Vabadussoja_Ajaloo_Komitee, lk 16
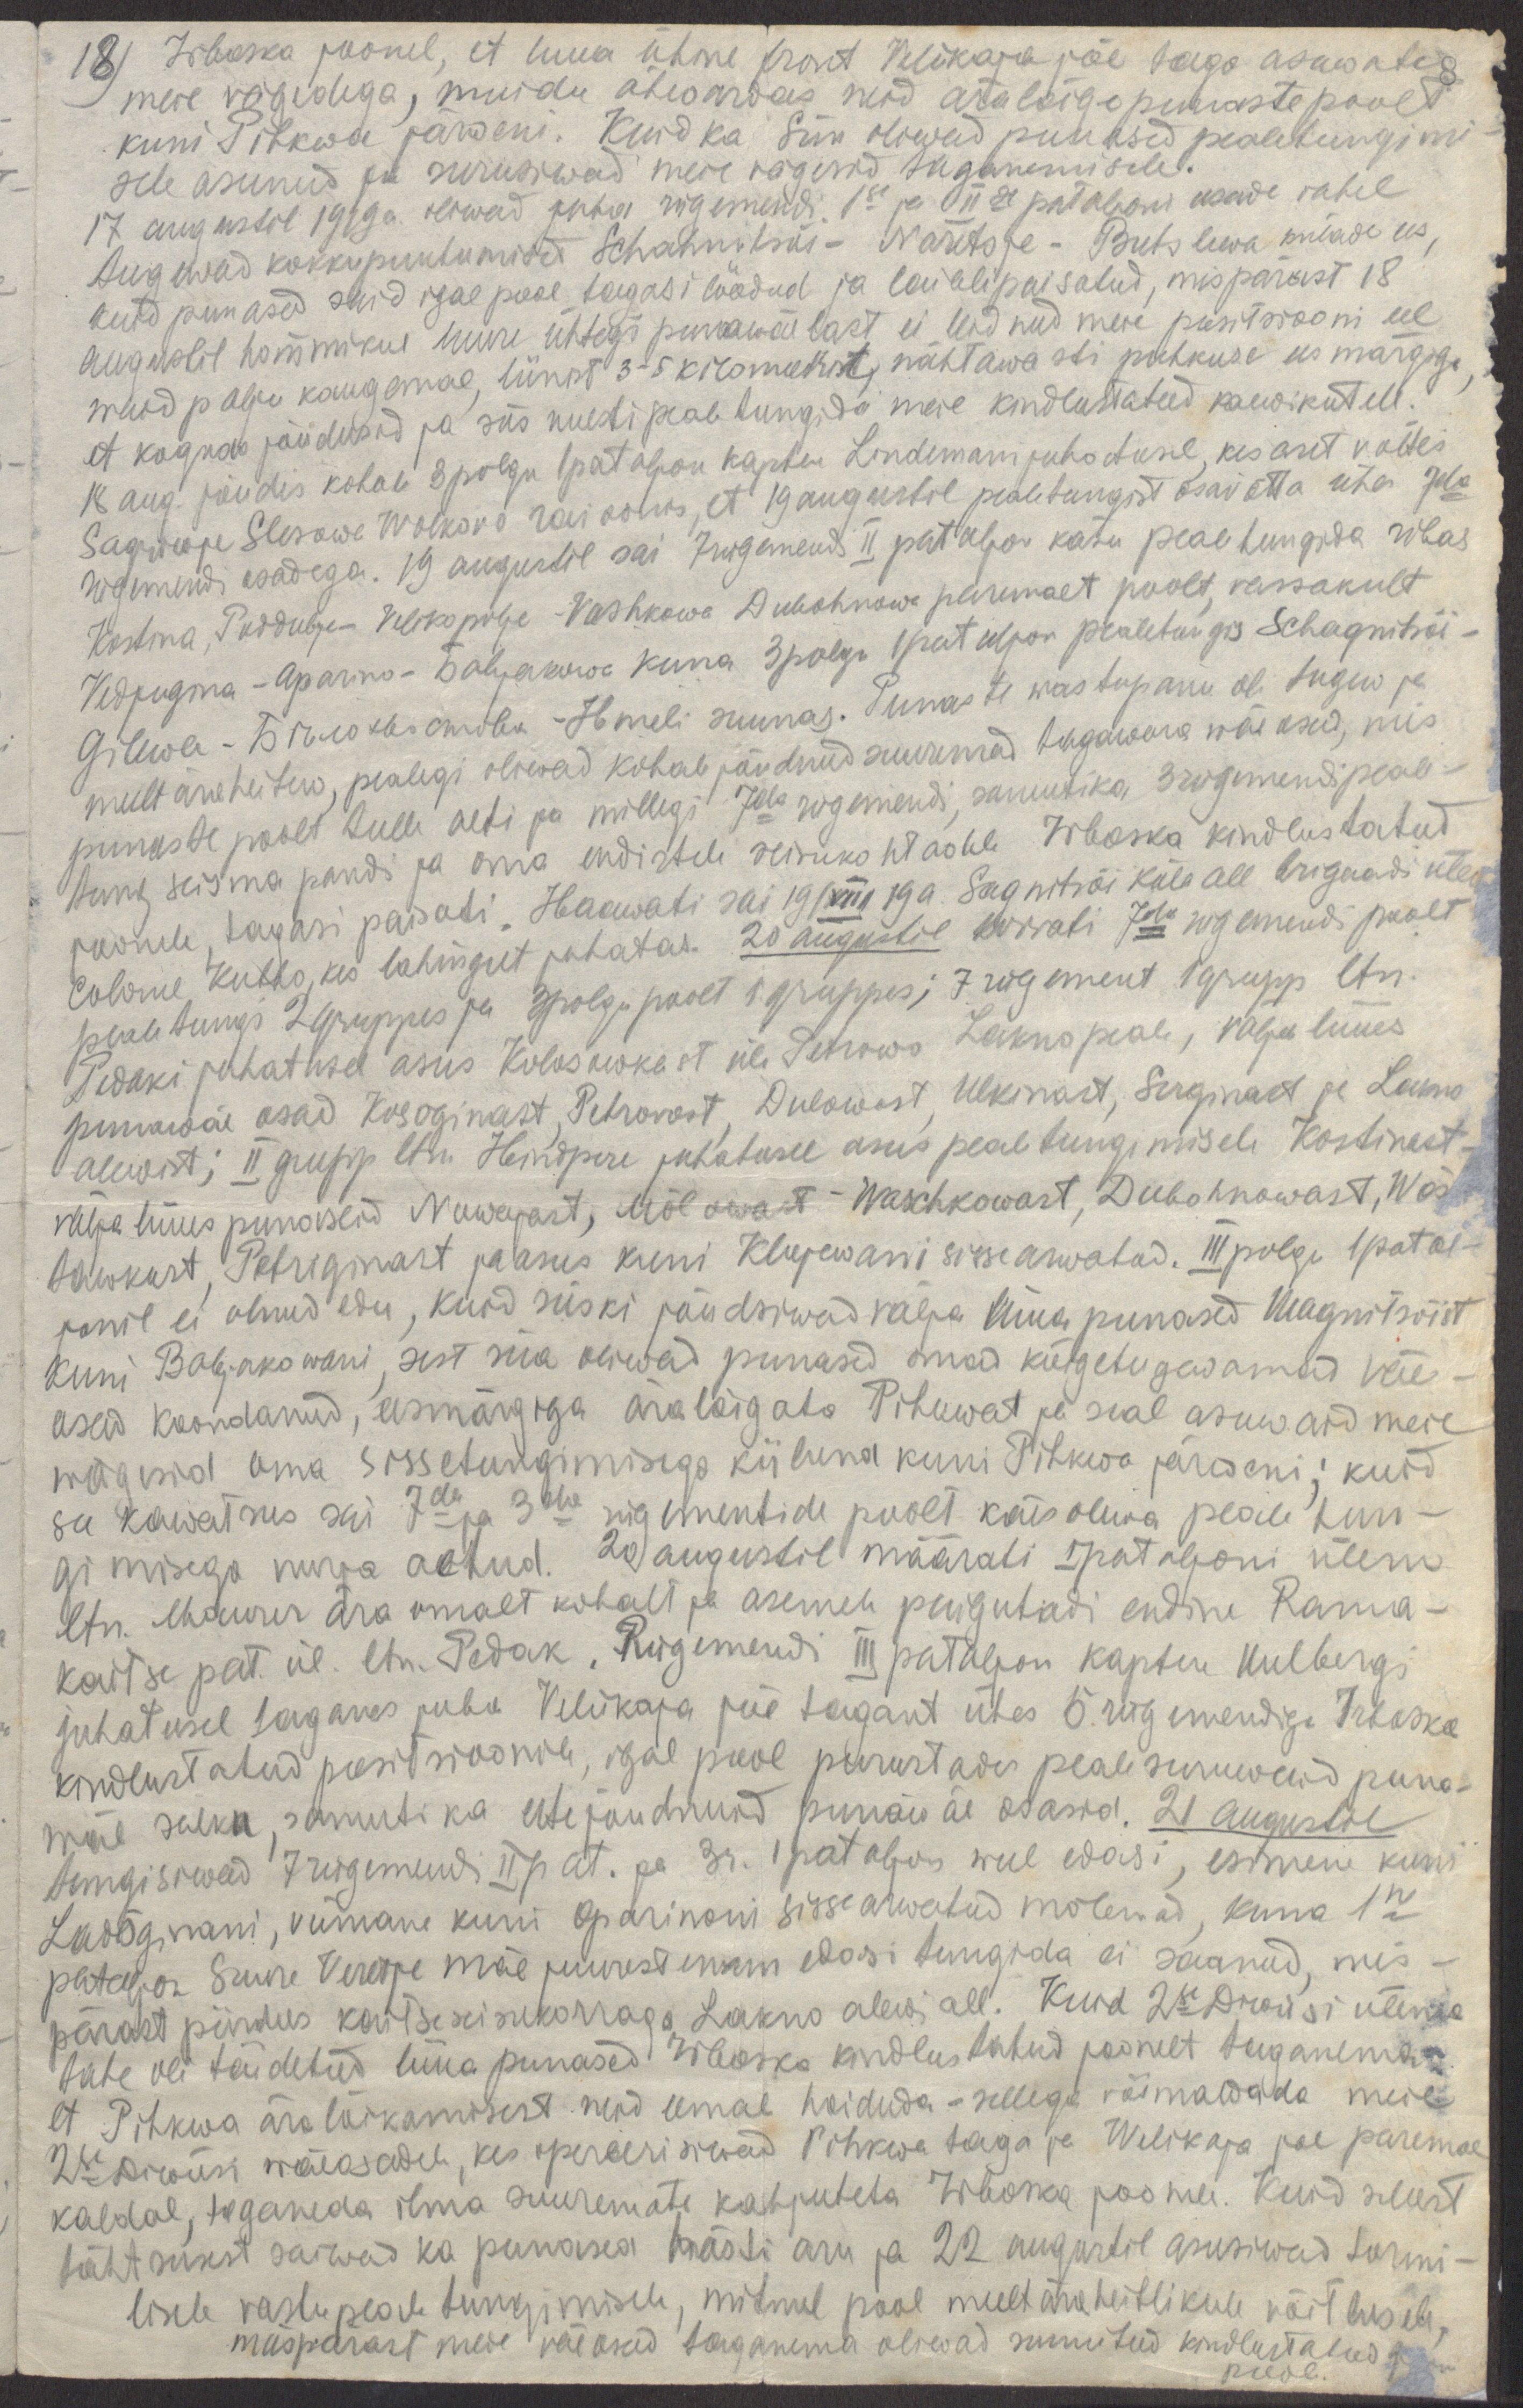
18)
Irboska joonel, et luua ühtne front Velikaja jõe taga asuwate
meie vägedega, muidu ähwardas neid äralõige punaste poolt
kuni Pihkwa järweni. Kuid ka siin oliwad punased pealetungimi-
sele asunud ja surusiwad meie vägesid taganemisele.
17 augustil 1919 a. oliwad juba rügemendi, 1se ja IIse pataljoni osade vahel
tugewad kokkupuutumised Schahnitski - Naretsje - Butslewa külade ees,
kuid punased said igal pool tagasi löödud ja laialipaisatud, mispärast 18
augustil hommikul luure ühteks punawäelast ei leidnud meie positsiooni eel
waid palju kaugemal, liinist 3-5 kilomeetrit, nähtawasti puhkuse eesmärgiga,
et koguda jõudusid ja siis uuesti pealetungida meie kindlustatud kaewikutele.
18 aug. jõudis kohale 3 polgu 1 pataljon kapten Lindemani juhatusel, kes aset võttes
Sagriwje Slesowe Wolkovo raioonis, et 19 augustil pealetungist osavõtta ühes 7da
rügemendi osadega. 19 augustil sai 7 rügemendi II pataljon käsu pealetungida ribas
Kostina, Poddubje - Velikopolje - Vashkowa Dubohnowa paremalt poolt, vassakult
Vedjugma - Aparino - Bobjakowa kuna 3 polgu 1 pataljon pealetungis Schagnitsõi -
Gilewa - Белохвостово - Hmeli suunas. Punaste wastupanu oli tugew ja
meelt äraheitew, pealegi oliwad kohale jõudnud suuremad tagawara wäeosad, mis
punaste poolt tulle aeti ja millegi 7da rügemendi, samuti ka 3 rügemendi peale-
tung seisma pandi ja oma endistele seisukohtadele Irboska  kindlustatud
joonele, tagasi paisati. Haawati sai 19/VIII 19a. Sagnitsõi küla all brigaadi ülem
colonel Kubbo, kes lahingut juhatas. 20 augustil korrati 7da rügemendi poolt
pealetungi 2 gruppes ja 3 polgu poolt 1 gruppes; 7 rügement 1 grupp ltn.
Pedaki juhatusel asus Kolosowkast üle Petrowo Lakno peale, välja lüües
punawäe osad Kosoginast, Petrovost, Dulowost, Ulkinast, Serginast ja Lakno
alewist; II grupp ltn. Hindpere juhatusel asus pealetungimisele Kostinast,
välja lüües punaseid Nowajast, Mõlowast -  Waschkowast, Dubohnowast, Wõs-
tawkost, Petriginast ja asus kuni Klujewani sissearwatud. III polgu 1 patal-
jonil ei olnud edu, kuid siiski jõudsiwad välja lüüa punased Magnitsõist
kuni Boljakowani, sest siia oliwad punased omad kõigetugewamad väe-
osad koondanud, eesmärgiga äralõigata Pihkwat ja seal asuwaid meie
wägesid oma sissetungimisega kiiluna kuni Pihkwa järweni; kuid
see kawatsus sai 7da ja 3da rügementide poolt käesolewa pealetun-
gimisega nurja aetud. 20 augustil määrati I pataljoni ülem
ltn. Maurer ära omalt kohalt ja asemele paigutadi endine Ranna-
kaitse pat ül. ltn. Pedak. Rügemendi III pataljon kapten Uulbergi
juhatusel taganes juba Veliikaja jõe tagant ühes 5. rügemendiga 7 Irboska
kindlustatud positsioonile, igal pool purustades pealesuruwaid puna-
wäe salku, samuti ka ettejõudnuid punawäe osasid. 21 augustil
tungisiwad 7 rügemendi II pat. ja 3r. 1 pataljon weel edasi, esimene kuni
Ladõginani, viimane kuni Oparinoni sissearwatud mõlemad, kuna 1ne
pataljon Suure Veretje mäe juurest enam edasi tungida ei saanud, mis-
pärast piirdus kaitseseisukorraga Lakno alewi all. Kuid 2se Diwiisi ülema
tahe oli täidetud lüüa punased Irboska kindlustatud joonelt taganema,
et Pihkwa äralõikamisest neid eemal hoiduda - sellega võimaldada meie
2se Diwiisi wäeosadele, kes opereerisiwad Pihkwa taga ja Welikaja joe paremal
kaldal, taganeda ilma suuremate kahjuteta Irboska jooneni. Kuid sellest
tähtsusest saiwad ka punased hästi aru ja 22 augustil asusiwad tormi-
lisele vastupealetungimisele, mitmel pool meeltäraheitlikule võitlusele,
mäspärast meie väeosad taganema oliwad sunnitud kindlustatud joone
poole.